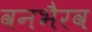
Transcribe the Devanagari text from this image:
वनभैरव